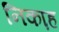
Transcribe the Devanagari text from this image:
निका़ह